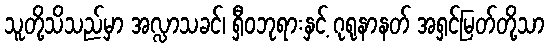
သူတို့သိသည်မှာ အလ္လာသခင်၊ ရှီဝဘုရားနှင့် ဂုရုနာနတ် အရှင်မြတ်တို့သာ